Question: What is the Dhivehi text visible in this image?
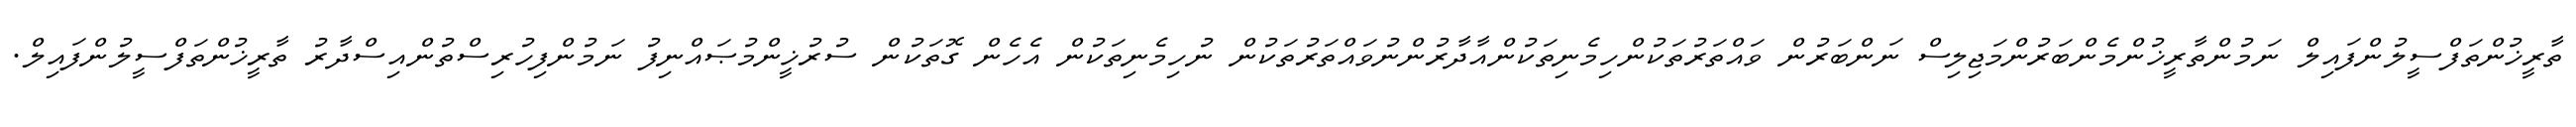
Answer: ތާރީޚުންތަފްސީލުންފައިލް ނަމުންތާރީޚުންމެންބަރުންމަޖިލިސް ނަންބަރުން ވައްތަރުތަކުންހިމެނިތަކުންއާދާރުންނުވައްތަރުތަކުން ނުހިމެނިތަކުން އެހެން ގޮތަކުން ސުރުޚީންމުޞައްނިފު ނަމުންފިހުރިސްތުންއިސްދާރު ތާރީޚުންތަފްސީލުންފައިލް.